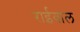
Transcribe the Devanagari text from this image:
राईवाल